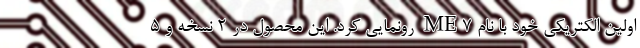
اولین الکتریکی خود با نام ME7 رونمایی کرد. این محصول در 2 نسخه و 5